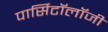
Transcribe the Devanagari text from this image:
पार्सिटॉलॉजी